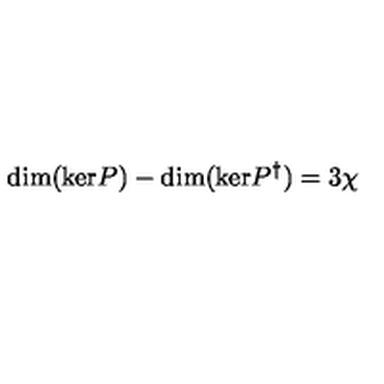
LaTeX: \mathrm { d i m } ( \mathrm { k e r } P ) - \mathrm { d i m } ( \mathrm { k e r } P ^ { \dag } ) = 3 \chi